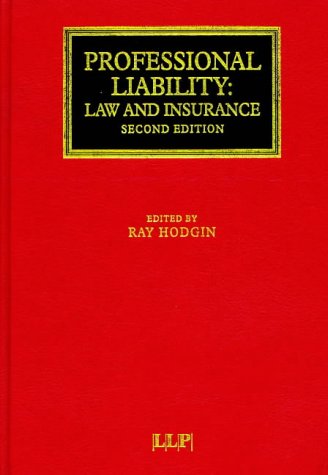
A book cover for Professional Liability: Law and Insurance (Lloyd's Commercial Law Library); Business & Money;